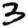
Digit: 3